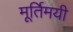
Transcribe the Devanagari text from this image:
मूर्तिमयी